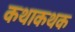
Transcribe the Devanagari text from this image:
कथाकथक